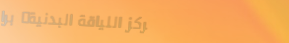
مركز اللياقة البدنية: برا